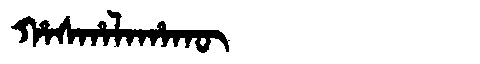
Manchu: ᡥᠠᠰᡥᠠᠯᠠᡥᠠᡴᡡ
Romanization: HASHALAHAKŪ